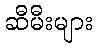
ဆီမီးများ